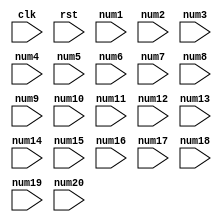
module top
(
  input clk,
  input rst,
  input [4:0] num1,
  input [4:0] num2,
  input [4:0] num3,
  input [4:0] num4,
  input [4:0] num5,
  input [4:0] num6,
  input [4:0] num7,
  input [4:0] num8,
  input [4:0] num9,
  input [4:0] num10,
  input [4:0] num11,
  input [4:0] num12,
  input [4:0] num13,
  input [4:0] num14,
  input [4:0] num15,
  input [4:0] num16,
  input [4:0] num17,
  input [4:0] num18,
  input [4:0] num19,
  input [4:0] num20
);

  reg [9:0] res1;
  reg [9:0] res1Nxt;
  reg [9:0] res2;
  reg [9:0] res2Nxt;
  reg [9:0] res3;
  reg [9:0] res3Nxt;
  reg [9:0] res4;
  reg [9:0] res4Nxt;
  reg [9:0] res5;
  reg [9:0] res5Nxt;
  reg [9:0] res6;
  reg [9:0] res6Nxt;
  wire [9:0] out1;
  wire [9:0] out2;
  wire [9:0] out3;
  wire [9:0] out4;
  wire [9:0] out5;
  wire [9:0] out6;
  reg [9:0] in1;
  reg [9:0] in2;
  reg [9:0] in3;
  reg [9:0] in4;
  reg [9:0] in5;
  reg [9:0] in6;
  reg [9:0] in7;
  reg [9:0] in8;
  reg [9:0] in9;
  reg [9:0] in10;
  reg [9:0] in11;
  reg [9:0] in12;
  reg [3:0] counter;
  reg [3:0] counterNxt;
  assign out1 = in1 + in2;
  assign out2 = in3 + in4;
  assign out3 = in5 + in6;
  assign out4 = in7 + in8;
  assign out5 = in9 + in10;
  assign out6 = in11 + in12;

  always @(posedge clk) begin
    counter <= counterNxt;
    res1 <= res1Nxt;
    res2 <= res2Nxt;
    res3 <= res3Nxt;
    res4 <= res4Nxt;
    res5 <= res5Nxt;
    res6 <= res6Nxt;
  end


  always @(*) begin
    res1Nxt = res1;
    res2Nxt = res2;
    res3Nxt = res3;
    res4Nxt = res4;
    res5Nxt = res5;
    res6Nxt = res6;
    counter = counter + 1;
    if(rst) begin
      res1Nxt = 0;
      res2Nxt = 0;
      res3Nxt = 0;
      res4Nxt = 0;
      res5Nxt = 0;
      res6Nxt = 0;
      counterNxt = 0;
    end else begin
      case(counter)
        0: begin
          in1 = num1;
          in2 = num2;
          in3 = num3;
          in4 = num4;
          in5 = num5;
          in6 = num6;
          in7 = num7;
          in8 = num8;
          in9 = num9;
          in10 = num10;
          in11 = num11;
          in12 = num12;
          resNxt1 = out1;
          resNxt2 = out2;
          resNxt3 = out3;
          resNxt4 = out4;
          resNxt5 = out5;
          resNxt6 = out6;
        end
        1: begin
          in1 = res1;
          in2 = num13;
          in3 = res2;
          in4 = num14;
          in5 = res3;
          in6 = num15;
          in7 = res4;
          in8 = num16;
          in9 = res5;
          in10 = num17;
          in11 = res6;
          in12 = num18;
          resNxt1 = out1;
          resNxt2 = out2;
          resNxt3 = out3;
          resNxt4 = out4;
          resNxt5 = out5;
          resNxt6 = out6;
        end
        2: begin
          in1 = res1;
          in2 = num19;
          in3 = res2;
          in4 = num20;
          in5 = res3;
          in6 = res4;
          in7 = res5;
          in8 = res6;
          resNxt1 = out1;
          resNxt2 = out2;
          resNxt3 = out3;
          resNxt4 = out4;
        end
        3: begin
          in1 = res1;
          in2 = res2;
          in3 = res3;
          in4 = res4;
          resNxt1 = out1;
          resNxt2 = out2;
        end
        4: begin
          in1 = res1;
          in2 = res2;
          resNxt1 = out1;
        end
      endcase
    end
  end


endmodule